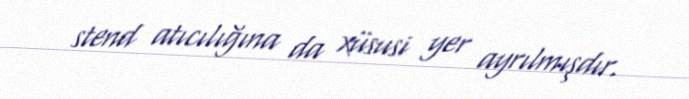
stend atıcılığına da xüsusi yer ayrılmışdır.